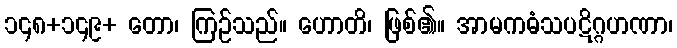
၁၄၈+၁၄၉+ တော၊ ကြဉ်သည်။ ဟောတိ၊ ဖြစ်၏။ အာမကဓံသပဋိဂ္ဂဟဏာ၊